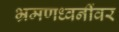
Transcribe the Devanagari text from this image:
भ्रमणध्वनींवर